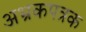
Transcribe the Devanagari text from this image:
अभ्रकपत्रक